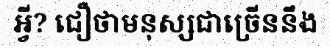
អ្វី? ជឿថាមនុស្សជាច្រើននឹង